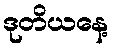
ဒုတိယနေ့